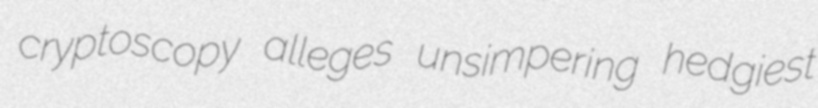
cryptoscopy alleges unsimpering hedgiest